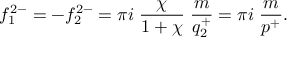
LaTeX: f _ { 1 } ^ { 2 - } = - f _ { 2 } ^ { 2 - } = \pi i \; \frac { \chi } { 1 + \chi } \; \frac { m } { q _ { 2 } ^ { + } } = \pi i \; \frac { m } { p ^ { + } } .